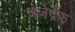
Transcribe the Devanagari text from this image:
अजेद्रेझ